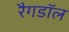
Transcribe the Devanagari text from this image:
रैगडॉल